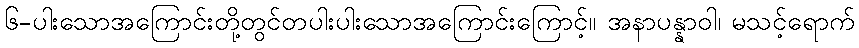
၆-ပါးသောအကြောင်းတို့တွင်တပါးပါးသောအကြောင်းကြောင့်။ အနာပန္နာဝါ၊ မသင့်ရောက်